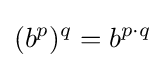
(b^{p})^{q}=b^{p\cdot q}